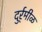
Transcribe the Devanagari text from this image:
दुर्र्मीळ